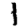
Digit: 1